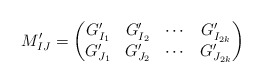
\begin{align*}M_{IJ}^\prime=\begin{pmatrix}G_{I_1}^\prime & G_{I_2}^\prime & \cdots & G_{I_{2k}}^\prime\\G_{J_1}^\prime & G_{J_2}^\prime & \cdots & G_{J_{2k}}^\prime\end{pmatrix}\end{align*}